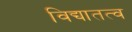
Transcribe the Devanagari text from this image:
विद्यातत्व